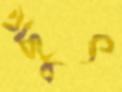
ছুঁৎ